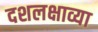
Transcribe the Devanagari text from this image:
दशलक्षाव्या